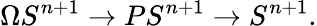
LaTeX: \Omega S^{n+1}\to PS^{n+1}\to S^{n+1}.